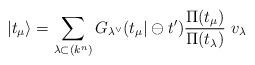
LaTeX: \begin{align*}|t_{\mu }\rangle =\sum_{\lambda \subset (k^{n})}G_{\lambda ^{\vee }}(t_{\mu}|\ominus t^{\prime })\frac{\Pi (t_{\mu })}{\Pi (t_{\lambda })}~v_{\lambda }\end{align*}